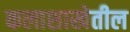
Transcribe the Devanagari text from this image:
कलाशाखेतील